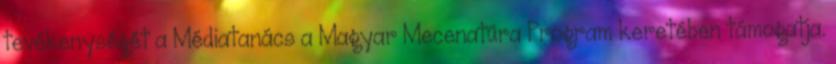
tevékenységét a Médiatanács a Magyar Mecenatúra Program keretében támogatja.